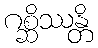
ဂစ္ဆိဿန္တိ